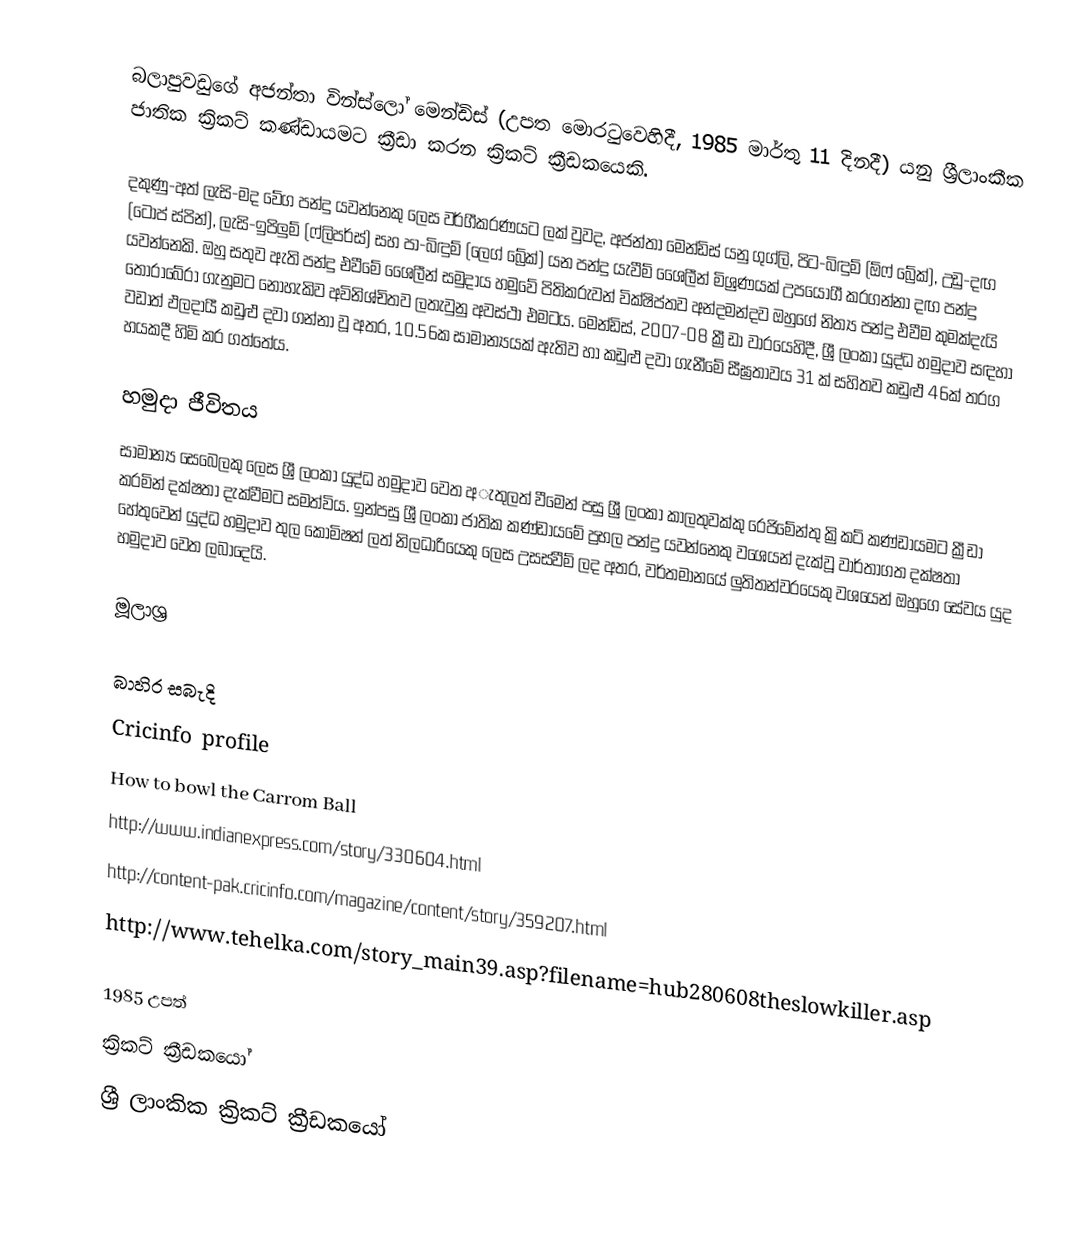
බලාපුවඩුගේ අජන්තා වින්ස්ලෝ මෙන්ඩිස් (උපත මොරටුවෙහිදී,  1985 මාර්තු 11 දිනදී) යනු ශ්‍රීලාංකීක ජාතික ක්‍රිකට් කණ්ඩායමට ක්‍රීඩා කරන  ක්‍රිකට් ක්‍රීඩකයෙකි.

දකුණු-අත් ලැසි-මද වේග පන්දු යවන්නෙකු ලෙස වර්ගීකරණයට ලක් වුවද, අජන්තා මෙන්ඩිස් යනු ගුග්ලි, පිට-බිඳුම් (ඕෆ් බ්‍රේක්), උඩු-දඟ (ටොප් ස්පින්), ලැසි-ඉපිලුම් (ෆ්ලිපර්ස්) සහ පා-බිඳුම් (ලෙග් බ්‍රේක්) යන පන්දු යැවීම් ශෛලීන් මිශ්‍රණයක් උපයෝගී කරගන්නා දඟ පන්දු යවන්නෙකි. ඔහු සතුව ඇති පන්දු එවීමේ ශෛලීන් සමුදාය හමුවේ පිතිකරුවන් වික්ෂිප්තව අන්දමන්දව ඔහුගේ නිත්‍ය පන්දු එවීම කුමක්දැයි තෝරාබේරා ගැනුමට නොහැකිව අවිනිශ්චිතව ලතැවුනු අවස්ථා එමටය. මෙන්ඩිස්, 2007-08 ක්‍රීඩා වාරයෙහිදී, ශ්‍රී ලංකා යුද්ධ හමුදාව සඳහා වඩාත් ඵලදායී කඩුළු දවා ගන්නා වූ අතර, 10.56ක සාමාන්‍යයක් ඇතිව හා කඩුළු දවා ගැනීමේ සීඝ්‍රතාවය 31 ක් සහිතව කඩුළු 46ක් තරග හයකදී හිමි කර ගත්තේය.

හමුදා ජීවිතය
සාමාන්‍ය සෙබෙලකු ලෙස ශ්‍රී ලංකා යුද්ධ හමුදාව වෙත අැතුලත් වීමෙන් පසු ශ්‍රී ලංකා කාලතුවක්කු රෙජිමේන්තු ක්‍රිකට් කණ්ඩායමට ක්‍රීඩා කරමින් දක්ෂතා දැක්වීමට සමත්විය. ඉන්පසු ශ්‍රී ලංකා ජාතික කණ්ඩායමේ ප්‍රභල පන්දු යවන්නෙකු වශෙයන් දැක්වූ වාර්තාගත දක්ෂතා හේතුවෙන් යුද්ධ හමුදාව තුල කොමිෂන් ලත් නිලධාරියෙකු ලෙස උසස්වීම් ලද අතර, වර්තමානයේ ලුතිතන්වරයෙකු වශයෙන් ඔහුගෙ සේවය යුද හමුදාව වෙත ලබාදෙයි.

මූලාශ්‍ර

බාහිර සබැදි
Cricinfo profile
How to bowl the Carrom Ball
http://www.indianexpress.com/story/330604.html
http://content-pak.cricinfo.com/magazine/content/story/359207.html
http://www.tehelka.com/story_main39.asp?filename=hub280608theslowkiller.asp

1985 උපත්
ක්‍රිකට් ක්‍රීඩකයෝ
ශ්‍රී ලාංකික ක්‍රිකට් ක්‍රීඩකයෝ